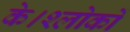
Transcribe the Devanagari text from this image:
के।श्लोकों